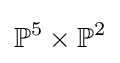
\mathbb {P} ^{5}\times \mathbb {P} ^{2}